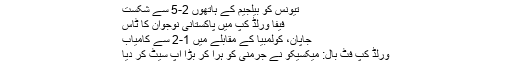
تیونس کو بیلجیم کے ہاتھوں 2-5 سے شکست
فیفا ورلڈ کپ میں پاکستانی نوجوان کا ٹاس
جاپان، کولمبیا کے مقابلے میں 1-2 سے کامیاب
ورلڈ کپ فٹ بال: میکسیکو نے جرمنی کو ہرا کر بڑا اپ سیٹ کر دیا